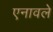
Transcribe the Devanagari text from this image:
एनावले